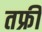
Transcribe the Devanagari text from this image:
तफ्री